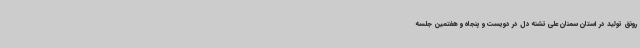
رونق تولید در استان سمنان علی تشنه دل در دویست و پنجاه و هفتمین جلسه